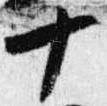
十